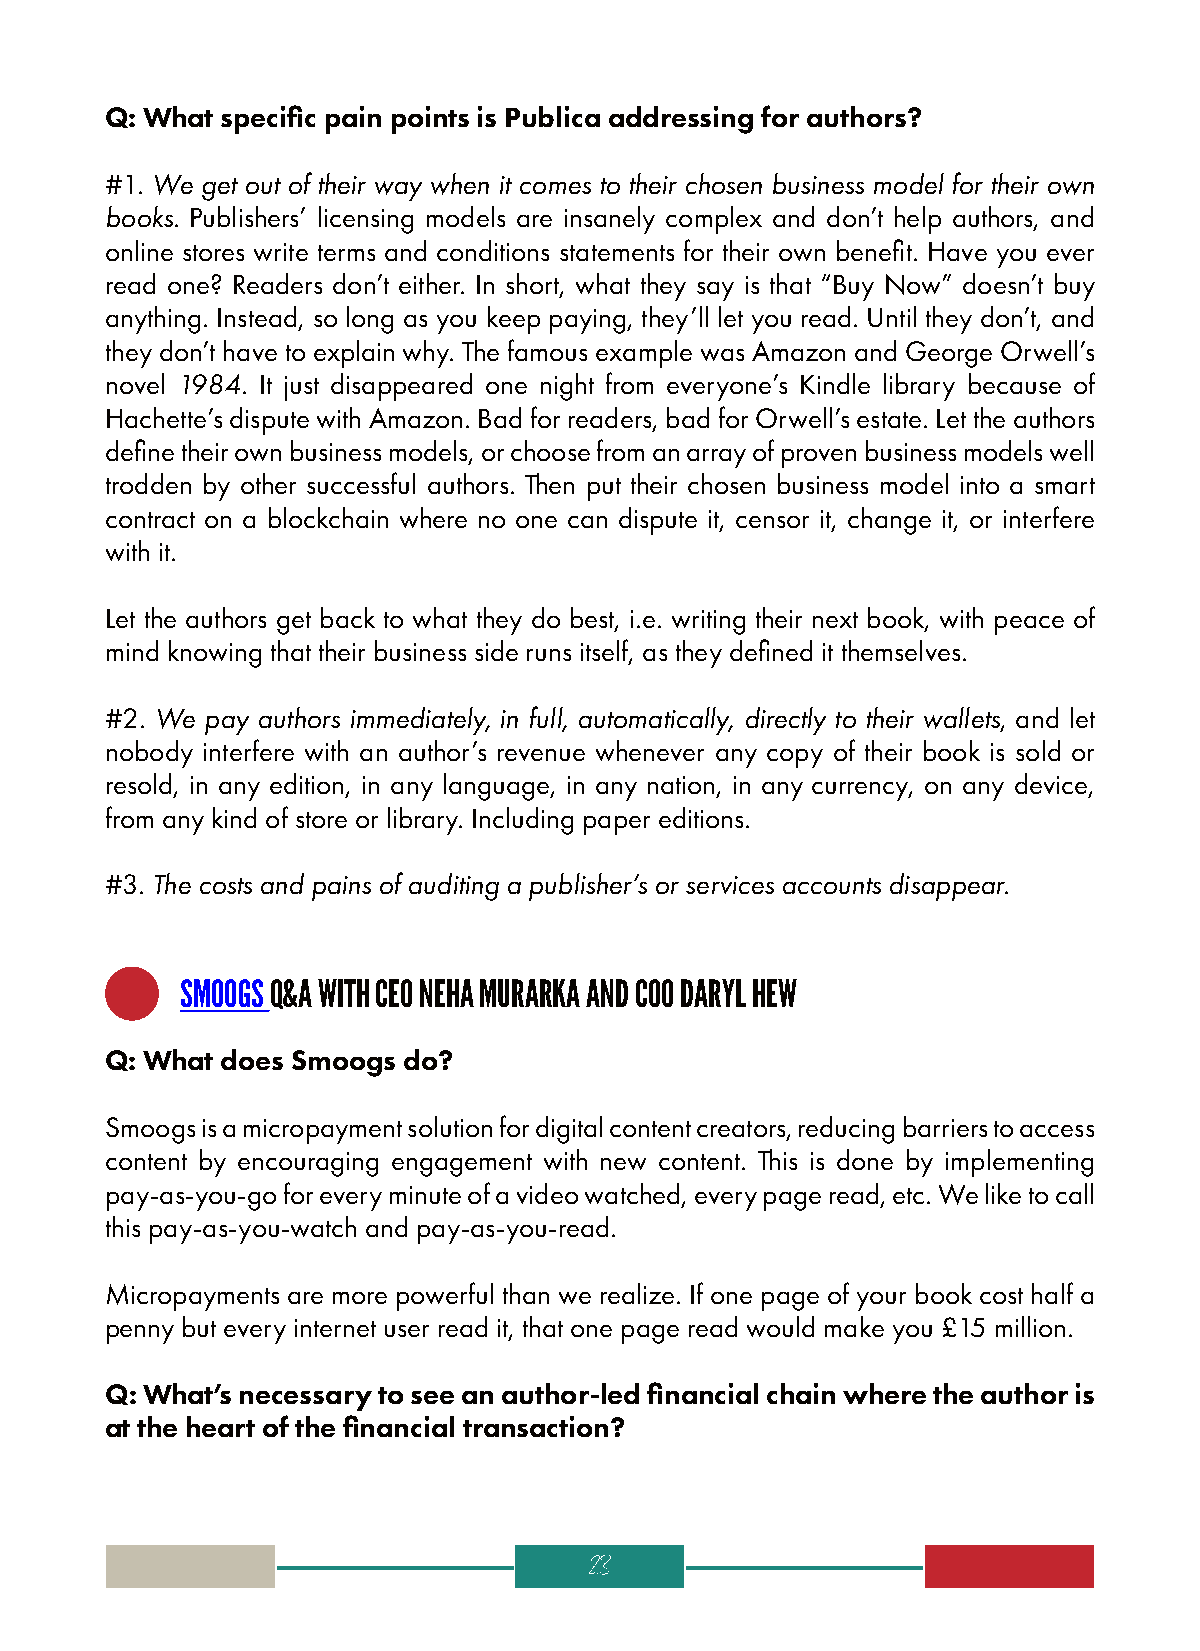
Q: What specific pain points is Publica addressing for authors?
 #1. We get out of their way when it comes to their chosen business model for their own
 books. Publishers’ licensing models are insanely complex and don’t help authors, and
 online stores write terms and conditions statements for their own benefit. Have you ever
 read one? Readers don’t either. In short, what they say is that “Buy Now” doesn’t buy
 anything. Instead, so long as you keep paying, they’ll let you read. Until they don’t, and
 they don’t have to explain why. The famous example was Amazon and George Orwell’s
 novel 1984. It just disappeared one night from everyone’s Kindle library because of
 Hachette’s dispute with Amazon. Bad for readers, bad for Orwell’s estate. Let the authors
 define their own business models, or choose from an array of proven business models well
 trodden by other successful authors. Then put their chosen business model into a smart
 contract on a blockchain where no one can dispute it, censor it, change it, or interfere
 with it.
 Let the authors get back to what they do best, i.e. writing their next book, with peace of
 mind knowing that their business side runs itself, as they defined it themselves.
 #2. We pay authors immediately, in full, automatically, directly to their wallets, and let
 nobody interfere with an author’s revenue whenever any copy of their book is sold or
 resold, in any edition, in any language, in any nation, in any currency, on any device,
 from any kind of store or library. Including paper editions.
 #3. The costs and pains of auditing a publisher’s or services accounts disappear.
 SMOOGS Q&A WITH CEO NEHA MURARKA AND COO DARYL HEW
 Q: What does Smoogs do?
 Smoogs is a micropayment solution for digital content creators, reducing barriers to access
 content by encouraging engagement with new content. This is done by implementing
 pay-as-you-go for every minute of a video watched, every page read, etc. We like to call
 this pay-as-you-watch and pay-as-you-read.
 Micropayments are more powerful than we realize. If one page of your book cost half a
 penny but every internet user read it, that one page read would make you £15 million.
 Q: What’s necessary to see an author-led financial chain where the author is
 at the heart of the financial transaction?
 23